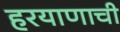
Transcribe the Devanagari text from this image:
हरयाणाची